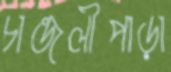
চান্ডলীপাড়া